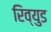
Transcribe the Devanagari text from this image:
रिव्युड